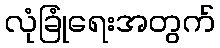
လုံခြုံရေးအတွက်